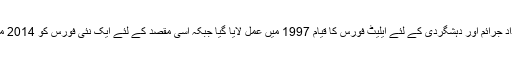
پنجاب میں انسداد جرائم اور دہشگردی کے لئے ایلیٹ فورس کا قیام 1997 میں عمل لایا گیا جبکہ اسی مقصد کے لئے ایک نئی فورس کو 2014 میں قائم کیا گیا ۔